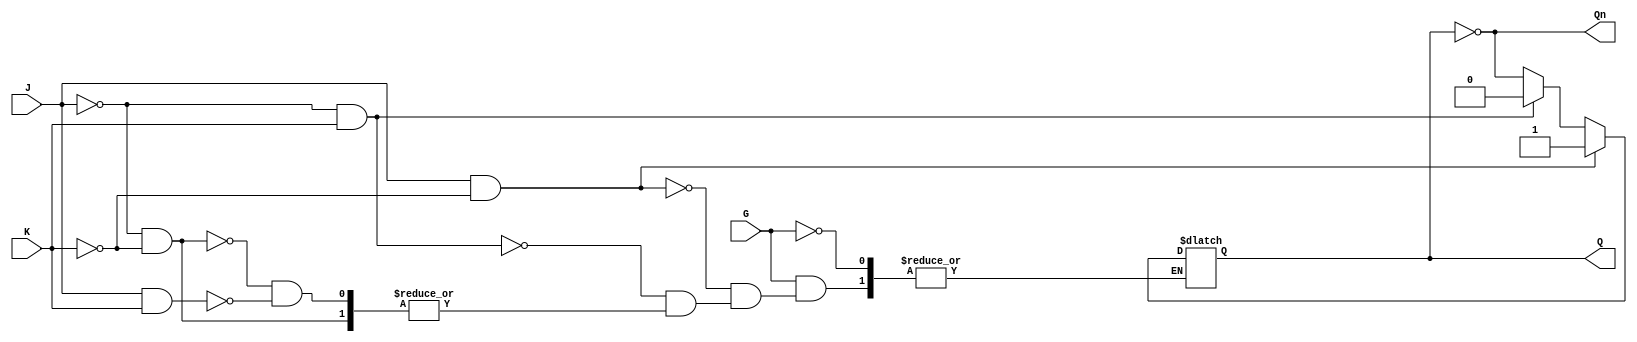
module GatedJKLatch (
    input wire J,      // Set input
    input wire K,      // Reset input
    input wire G,      // Gate input (active high)
    output reg Q,      // Current state output
    output wire Qn     // Inverted state output
);

    assign Qn = ~Q; // Inverted output

    always @(G or J or K or Q) begin
        if (G) begin
            if (J && ~K) begin
                Q <= 1; // Set state
            end
            else if (~J && K) begin
                Q <= 0; // Reset state
            end
            else if (~J && ~K) begin
                Q <= Q; // No change
            end
            else if (J && K) begin
                Q <= ~Q; // Toggle state
            end
        end
        // If G is low, maintain current state (Q remains unchanged)
    end

endmodule